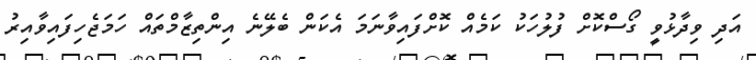
އަދި ވިދާޅުވީ ގޯސްކޮށް ފުލުހަކު ކަމެއް ކޮށްފައިވާނަމަ އެކަން ބެލޭނެ އިންތިޒާމްތައް ހަމަޖެހިފައިވާއިރު